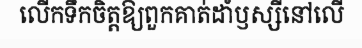
លើកទឹកចិត្តឱ្យពួកគាត់ដាំឫស្សីនៅលើ